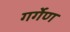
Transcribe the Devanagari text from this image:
गर्गेण